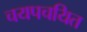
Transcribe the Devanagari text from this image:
चयपचयित